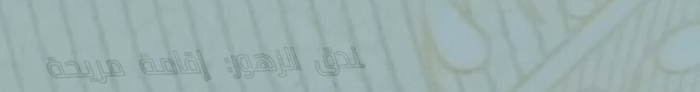
فندق الزهور: إقامة مريحة